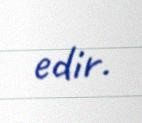
edir.